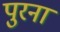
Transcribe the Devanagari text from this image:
पुरना